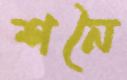
শনৈ